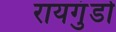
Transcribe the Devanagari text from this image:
रायगुंडो